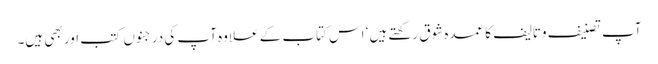
آپ تصنیف وتالیف کا عمدہ شوق رکھتے ہیں‘ اس کتاب کے علاوہ آپ کی درجنوں کتب اور بھی ہیں۔